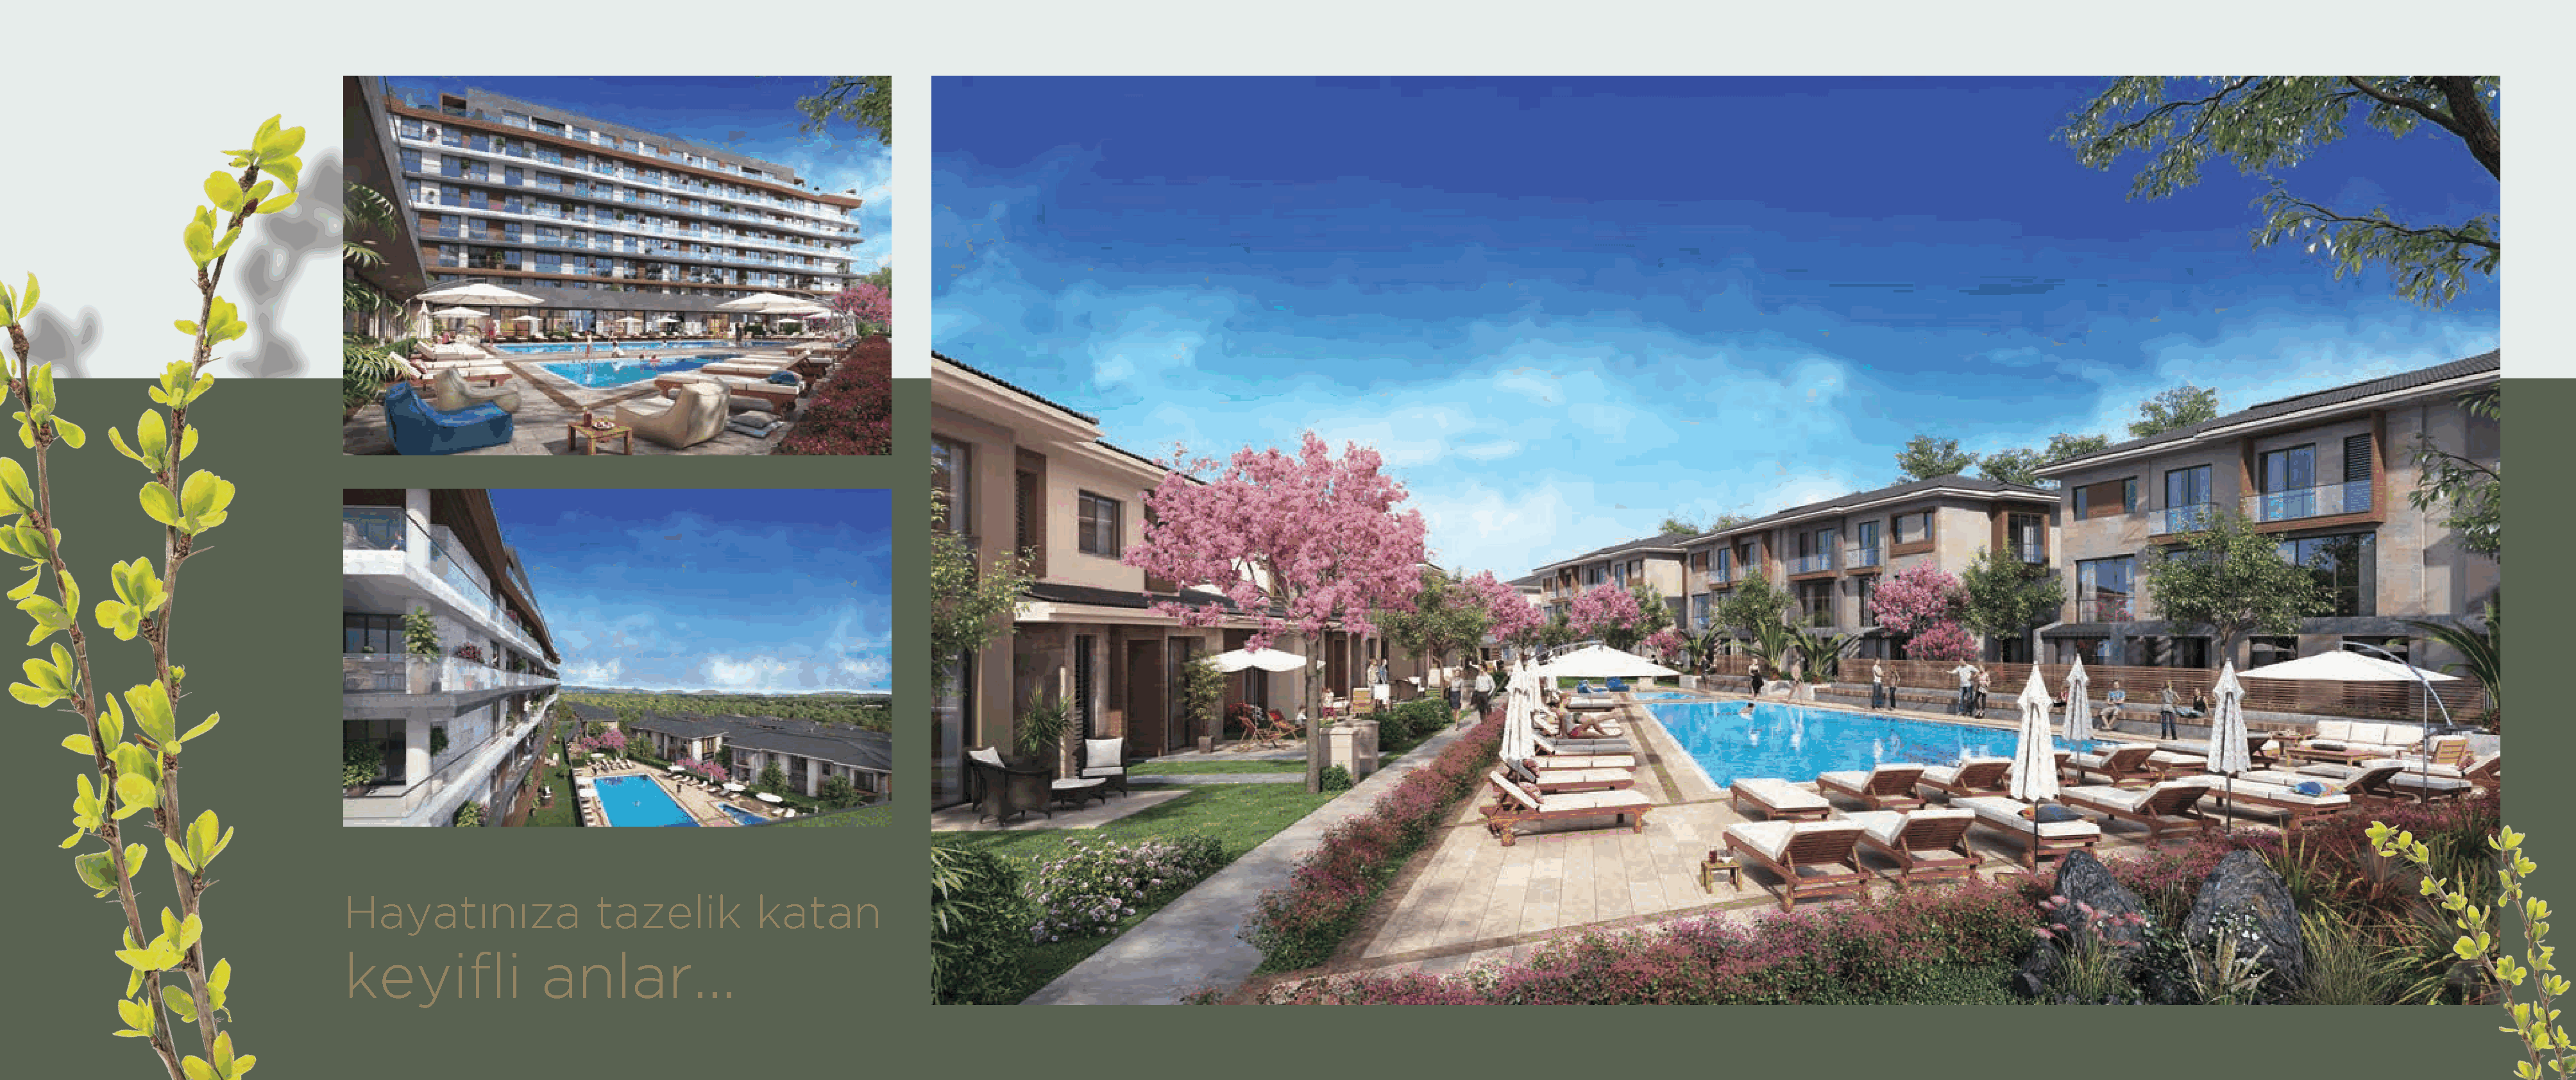
Hayatınıza                tazelik          katan
 keyifli              anlar...